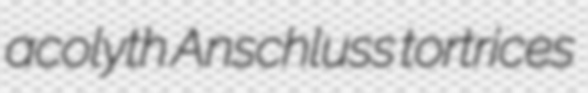
acolyth Anschluss tortrices